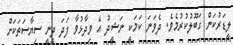
ލީޑަރުކަން ގަބޫލުކުރުމެވެ. ދެވަނަ ކަމަކީ ނަޝީދު އެ ވިދާޅުވާ ފަދަ ދީނީ ސިޔާސަތަކަށް